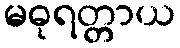
မဓုရတ္တာယ